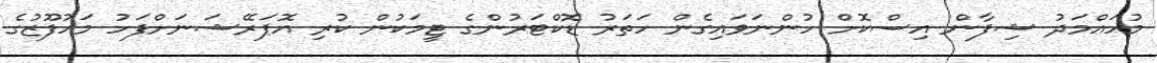
މުހައްމަދު ޝިފާން އިސްކޮށް ހުންނަވައިގެން ހަތަރު ޑޮކްޓަރުންގެ ޓީމަކުން ކުރި އޮޕަރޭޝަނަށްފަހު މަހުފޫޒުގެ